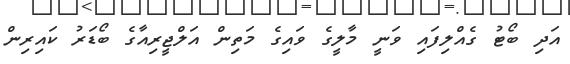
އަދި ބޯޓު ގެއްލިފައި ވަނީ މާލީގެ ވައިގެ މަތިން އަލްޖީރިއާގެ ބޯޑަރު ކައިރިން